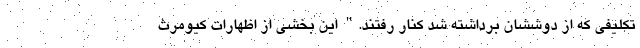
تکلیفی که از دوششان برداشته شد کنار رفتند." این بخشی از اظهارات کیومرث